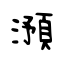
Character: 澦